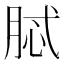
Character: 脦